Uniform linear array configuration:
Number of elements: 16
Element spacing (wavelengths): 0.5
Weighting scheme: uniform
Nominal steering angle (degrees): -30
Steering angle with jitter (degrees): -28.443
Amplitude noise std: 0.05
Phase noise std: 0.05

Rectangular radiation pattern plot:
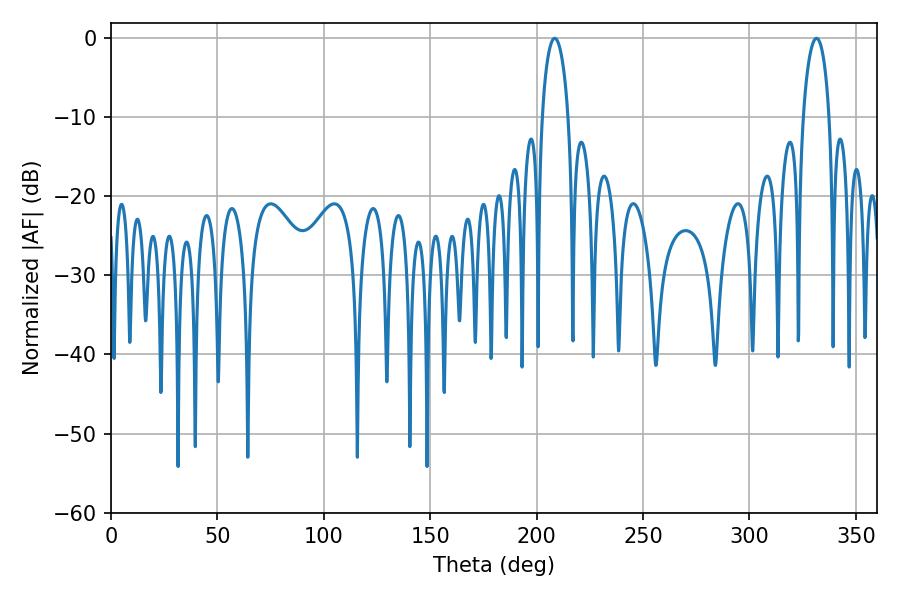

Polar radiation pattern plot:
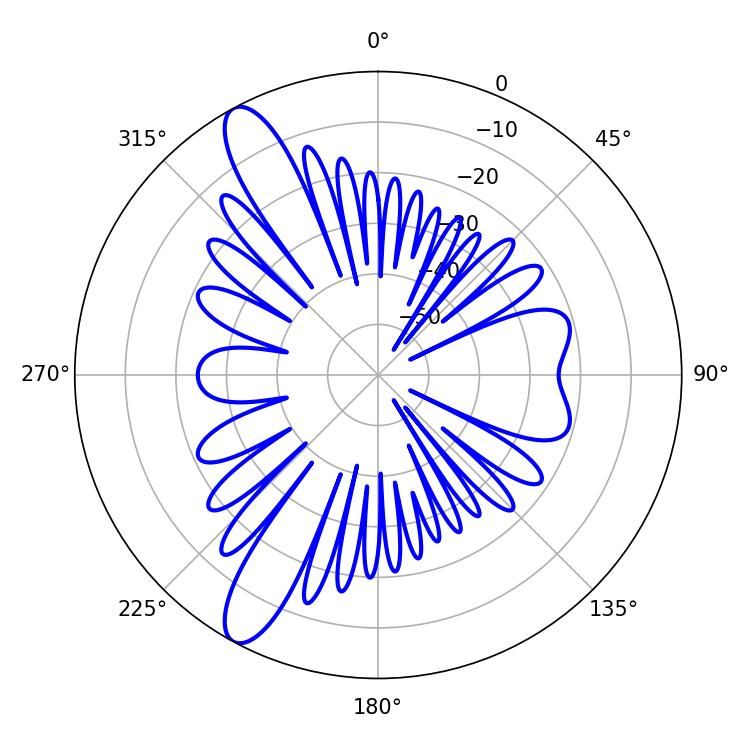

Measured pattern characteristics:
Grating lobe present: FALSE
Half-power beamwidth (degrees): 7.02
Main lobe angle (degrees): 208.44